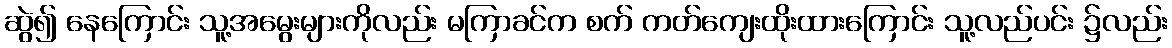
ဆွဲ၍ နေကြောင်း သူ့အမွေးများကိုလည်း မကြာခင်က စက် ကတ်ကျေးထိုးထားကြောင်း သူ့လည်ပင်း ၌လည်း